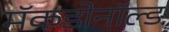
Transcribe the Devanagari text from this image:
मॅकडोनॉल्ड